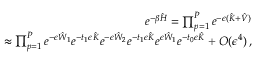
\begin{array} { r l r } & { } & { e ^ { - \beta \hat { H } } = \prod _ { p = 1 } ^ { P } e ^ { - \epsilon ( \hat { K } + \hat { V } ) } } \\ & { } & { \approx \prod _ { p = 1 } ^ { P } e ^ { - \epsilon \hat { W } _ { 1 } } e ^ { - t _ { 1 } \epsilon \hat { K } } e ^ { - \epsilon \hat { W } _ { 2 } } e ^ { - t _ { 1 } \epsilon \hat { K } } e ^ { \epsilon \hat { W } _ { 1 } } e ^ { - t _ { 0 } \epsilon \hat { K } } + O ( \epsilon ^ { 4 } ) \, , } \end{array}